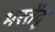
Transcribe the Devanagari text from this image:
भरतेंदु